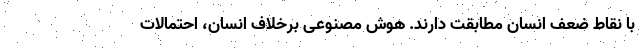
با نقاط ضعف انسان مطابقت دارند. هوش مصنوعی برخلاف انسان، احتمالات